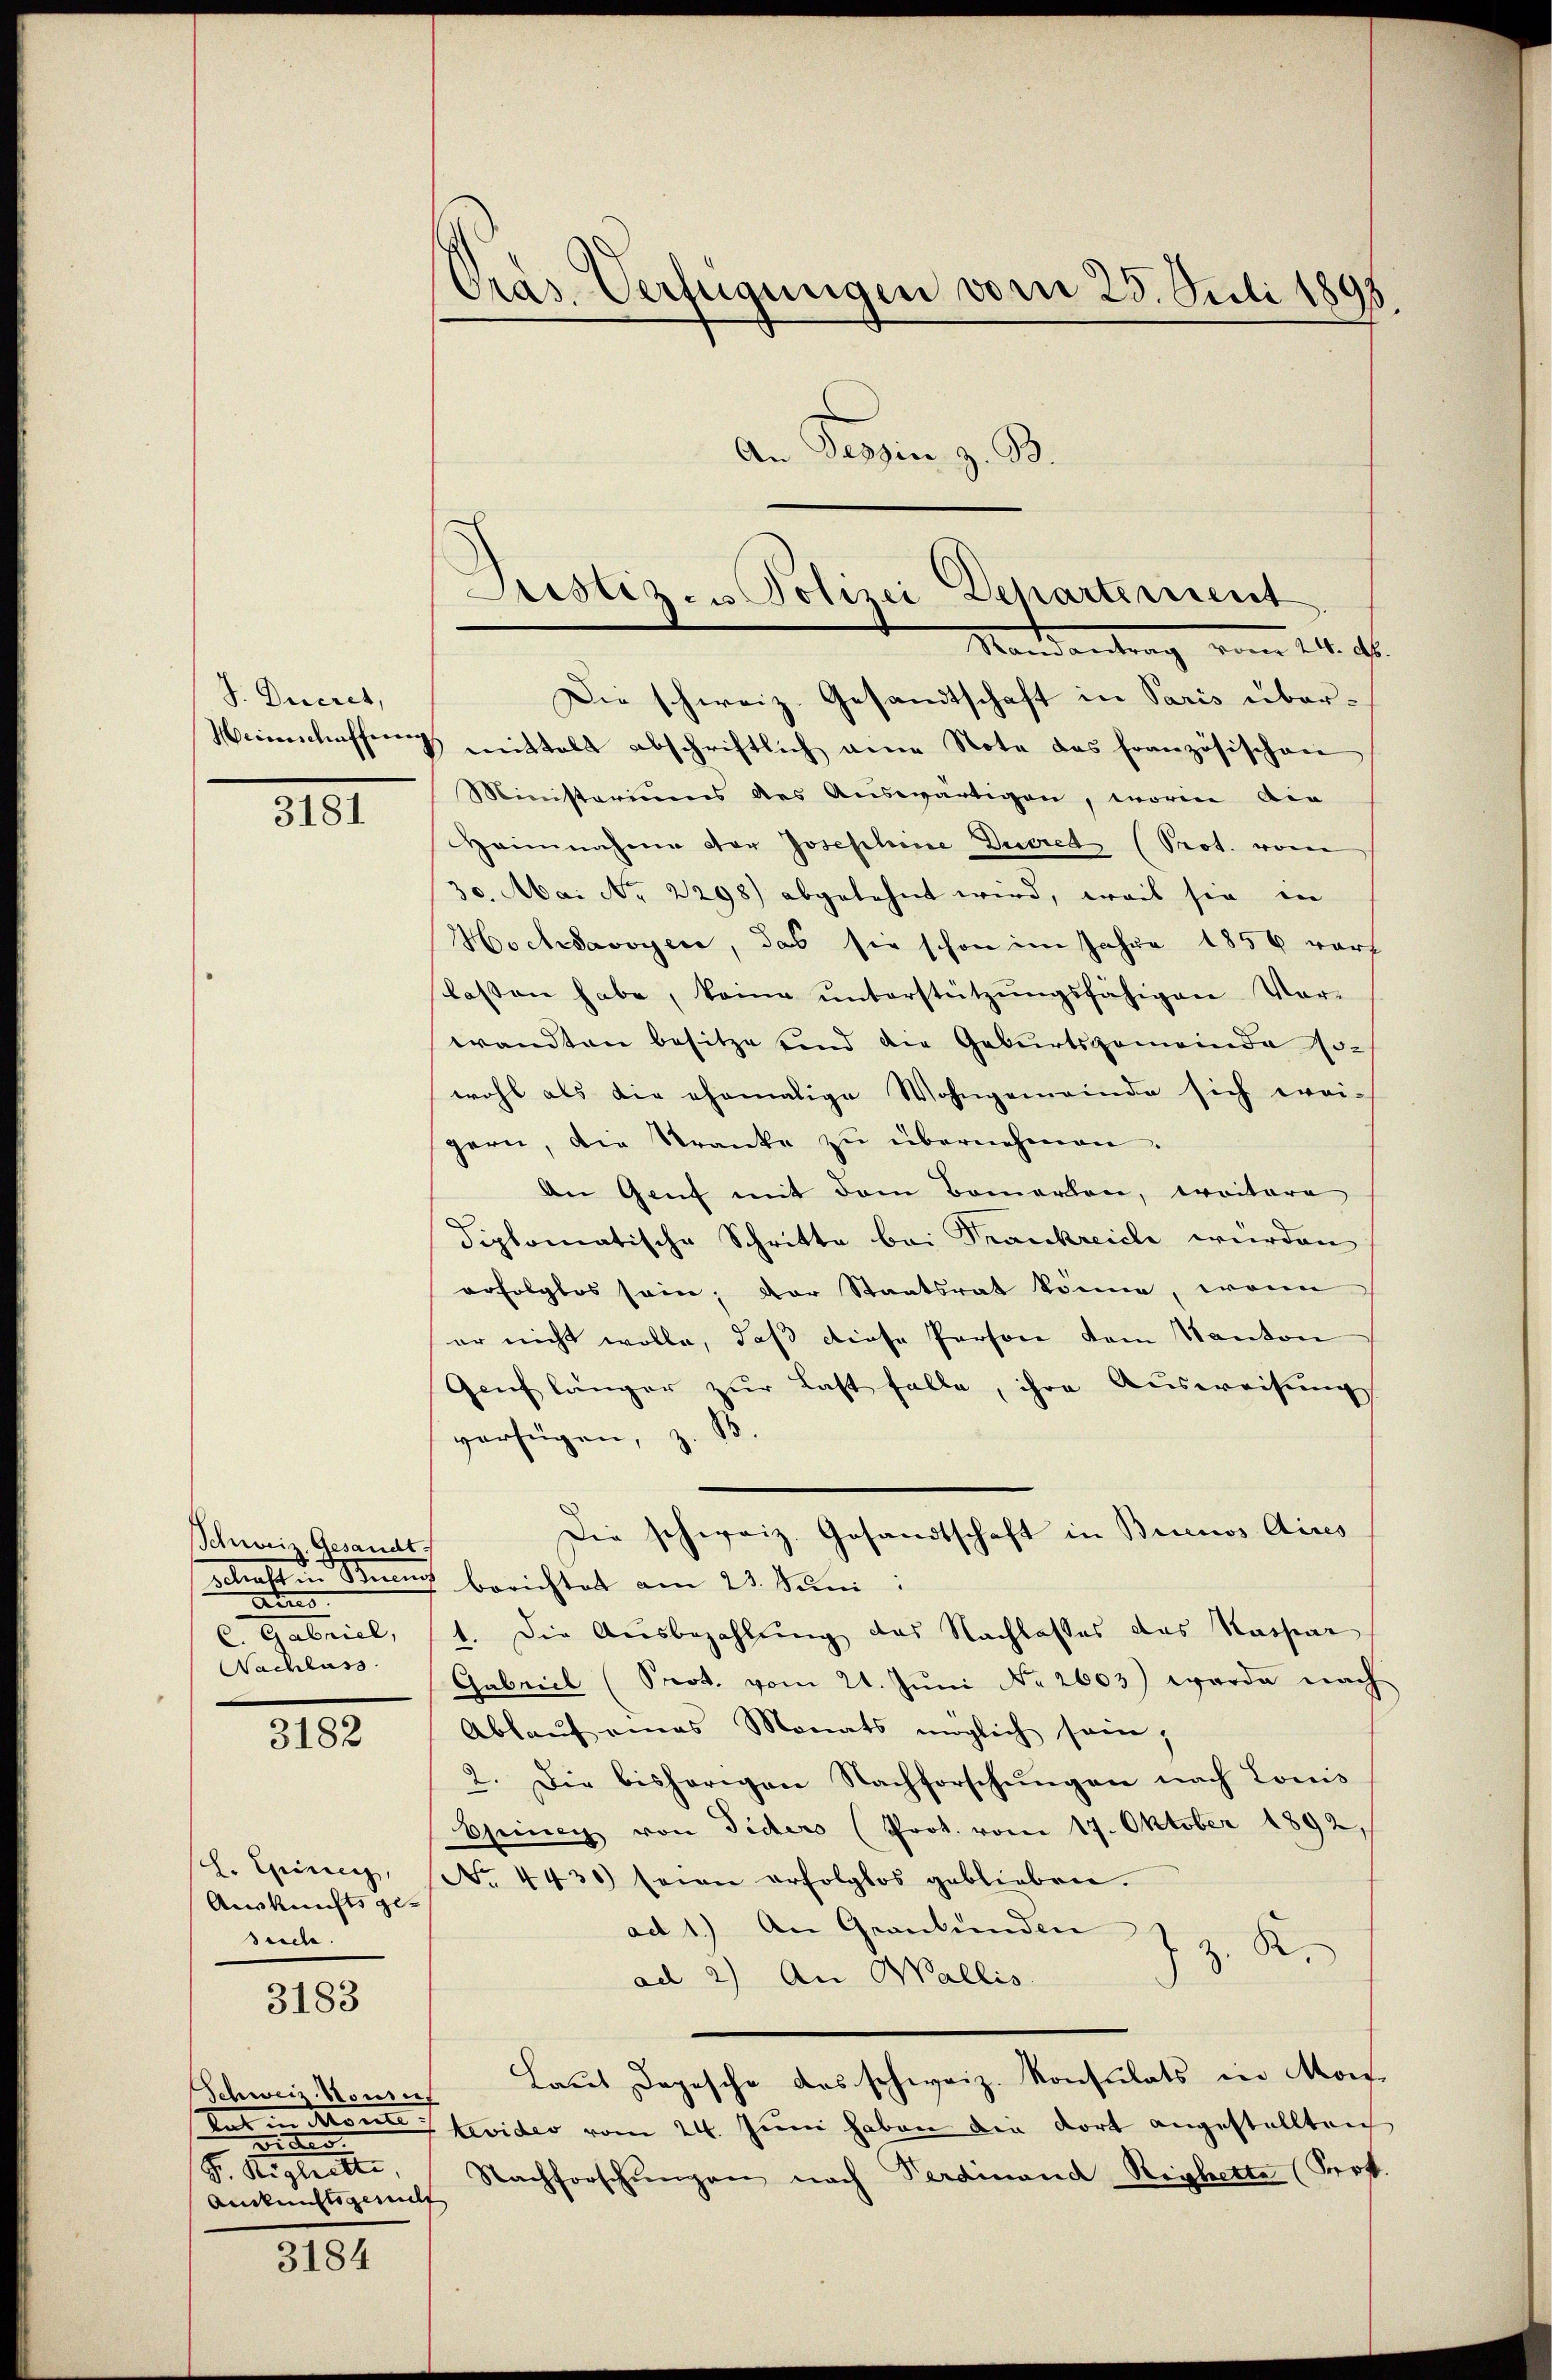
J. Ducret,

3181

Schweis Gesandt
t
C. Gabriel
Nachlass

3182

. Giren,
Auskunftsge-
suche.

3183

Schweiz. Konse
i
.
Aigleitte,
Ankunftsgericht

3184

Pras Verfügungen vom 25. Juli 1895
An Tessin z. B.

Weinschaffung mittelt abschriftlich eine Note das französischen
Ministeriums des Auswärtigen, worin die
Haimnahme der Josephine Decret (Prot. vom
30. Mai No 2298) abgelehnt wird, weil sie in
Hochsavoyen, das sie schon im Jahre 1856 warf
kassen habe, keine ŭnterstützŭngsfähigen Vor-
wandten besitze sind die Geburtsgemeinde Jowohl als die ehemalige Wohngemeinde sich wei-
gern, die Kranke zŭ übernehmen.
An Genf mit dem Bemerken, erritore
diplomatische Schritte bei Frankreiche wurden
erfolglos sein; der Staatsrat könne, wenn
er nicht wolle, daß diese Person dem Kanton
Genf länger zŭr Last falle, ihre Aŭsweisŭng
verfügen, z. B.
Die schweiz. Gesandtschaft in Buenos Aires
srath in Stand berichtet am 23. Seben:
1. Die Ausbezahlung des Nachlasses das Kaspar
Gabricl (Prot. vom 21. Jŭni Nr. 2603) werde nach
Ablaŭf eines Monats möglich sein;
2. Die bisherigen Nachforschŭngen nach Lonis
Oseiner von Diders (Prot. vom 19. Oktober 1892,
No. 4430 seien erfolglos geblieben.
ad 1.) An Graubünden
z. K
ad 2) An Wallis.
Laut Depesche des schweiz. Konsulats in Mons¬
Rat Monte Stevideo vom 24. Juni haben die dort angestellten
Nachforschŭngen nach Verdinand Righette (Prof.

Justiz- & Polizei Departement
Mandantrag vom 14. ds.
Die schweiz. Gesandtschaft in Paris über¬